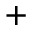
^ +